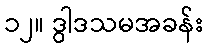
၁၂။ ဒွါဒသမအခန်း